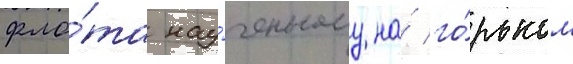
фло́та нау́ченному на́ го́рьком